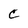
Character: C